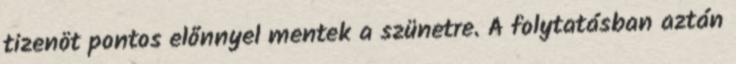
tizenöt pontos előnnyel mentek a szünetre. A folytatásban aztán